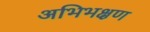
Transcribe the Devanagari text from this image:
अभिभक्षण